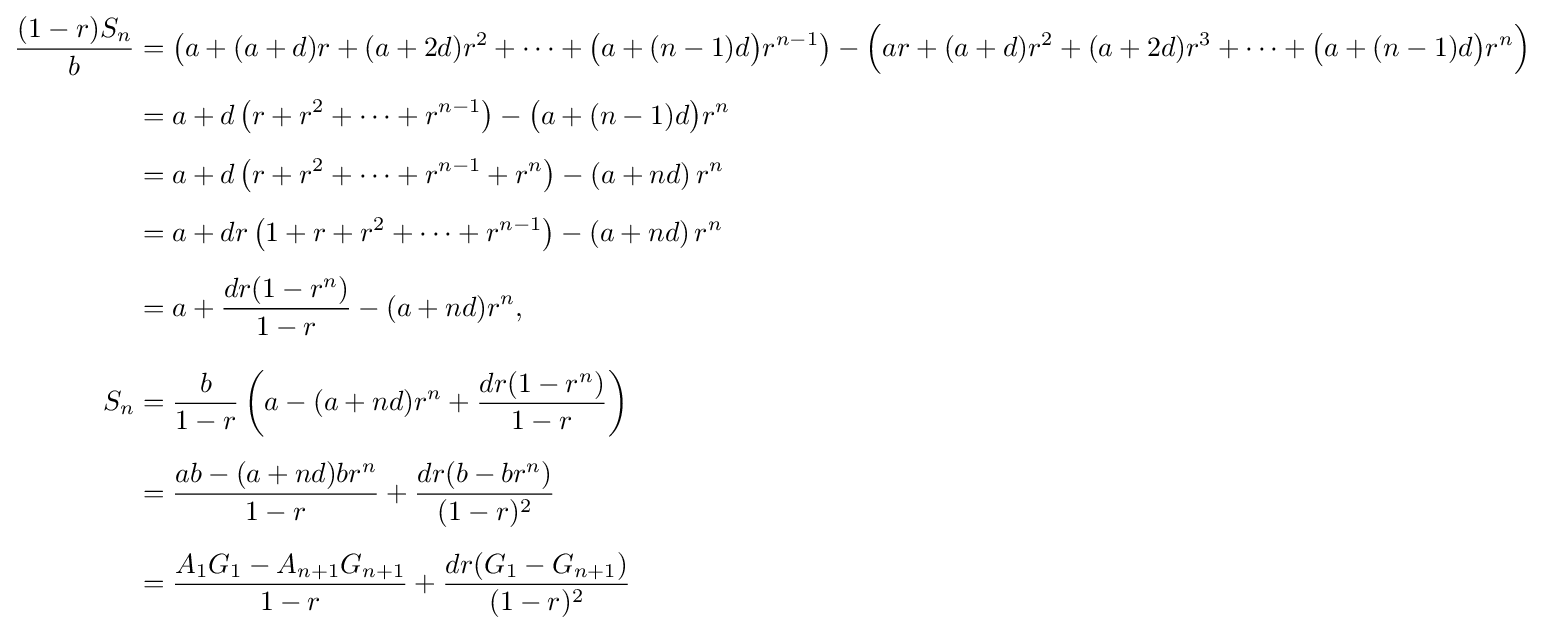
{\begin{aligned}{\frac {(1-r)S_{n}}{b}}&=\left(a+(a+d)r+(a+2d)r^{2}+\cdots +{\bigl (}a+(n-1)d{\bigr )}r^{n-1}\right)-{\Bigl (}ar+(a+d)r^{2}+(a+2d)r^{3}+\cdots +{\bigl (}a+(n-1)d{\bigr )}r^{n}{\Bigr )}\\[5pt]&=a+d\left(r+r^{2}+\cdots +r^{n-1}\right)-{\bigl (}a+(n-1)d{\bigr )}r^{n}\\[5pt]&=a+d\left(r+r^{2}+\cdots +r^{n-1}+r^{n}\right)-\left(a+nd\right)r^{n}\\[5pt]&=a+dr\left(1+r+r^{2}+\cdots +r^{n-1}\right)-\left(a+nd\right)r^{n}\\[5pt]&=a+{\frac {dr(1-r^{n})}{1-r}}-(a+nd)r^{n},\\[8pt]S_{n}&={\frac {b}{1-r}}\left(a-(a+nd)r^{n}+{\frac {dr(1-r^{n})}{1-r}}\right)\\[5pt]&={\frac {ab-(a+nd)br^{n}}{1-r}}+{\frac {dr(b-br^{n})}{(1-r)^{2}}}\\[5pt]&={\frac {A_{1}G_{1}-A_{n+1}G_{n+1}}{1-r}}+{\frac {dr(G_{1}-G_{n+1})}{(1-r)^{2}}}\end{aligned}}